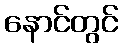
နောင်တွင်